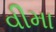
વીમા